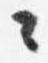
々